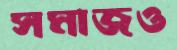
সমাজও